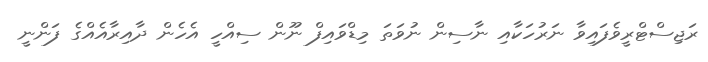
ރަޖިސްޓްރީވެފައިވާ ނަރުހަކާއި ނާސިން ނުވަތަ މިޑްވައިފް ނޫން ސިއްހީ އެހެން ދާއިރާއެއްގެ ފަންނީ